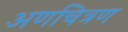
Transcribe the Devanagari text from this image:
अणचित्रण